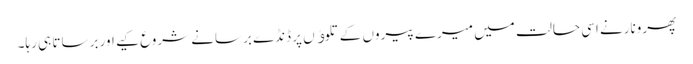
پھرونارنے اسی حالت میں میرے پیروں کے تلوﺅں پر ڈنڈے برسانے شروع کیے اور برساتا ہی رہا۔